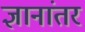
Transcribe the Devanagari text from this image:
ज्ञानांतर